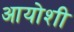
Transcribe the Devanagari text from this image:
आयोशी